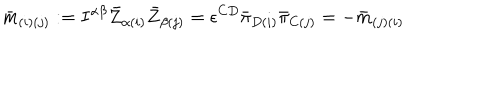
LaTeX: { \bar { m } } _ { ( i ) ( j ) } : = I ^ { \alpha \beta } { \bar { Z } } _ { \alpha ( i ) } { \bar { Z } } _ { \beta ( j ) } = \epsilon ^ { C D } { \bar { \pi } } _ { D ( i ) } { \bar { \pi } } _ { C ( j ) } = - { \bar { m } } _ { ( j ) ( i ) }